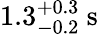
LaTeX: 1.3_{-0.2}^{+0.3}\mathrm{~s~}